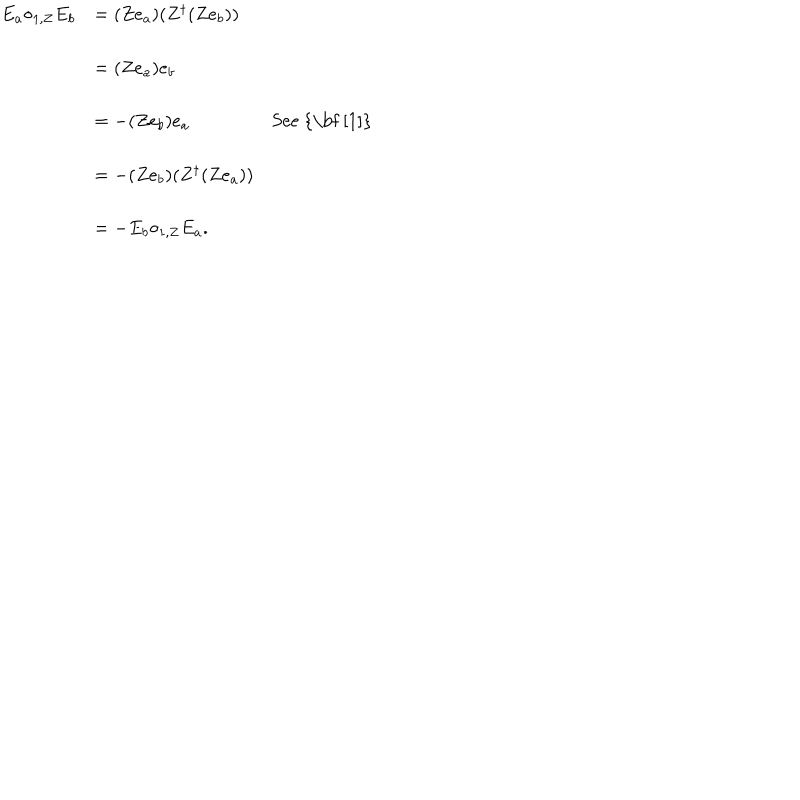
\begin{array} { c l l } { { E _ { a } { \circ _ { 1 , Z } } E _ { b } } } & { { = ( Z e _ { a } ) ( Z ^ { \dagger } ( Z e _ { b } ) ) } } & { { } } \\ { { } } & { { = ( Z e _ { a } ) e _ { b } } } & { { } } \\ { { } } & { { = - ( Z e _ { b } ) e _ { a } } } & { { \mathrm { S e e ~ { \bf ~ [ 1 ] } } } } \\ { { } } & { { = - ( Z e _ { b } ) ( Z ^ { \dagger } ( Z e _ { a } ) ) } } & { { } } \\ { { } } & { { = - E _ { b } { \circ _ { 1 , Z } } E _ { a } . } } & { { } } \\ \end{array}